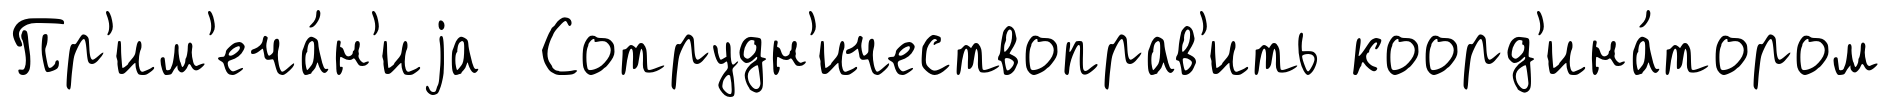
Пр'им'еча́н'иjа Сотрудн'ичествоправ'ить коорд'ина́тором